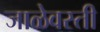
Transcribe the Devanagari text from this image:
जाळेवस्ती